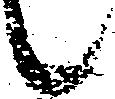
候